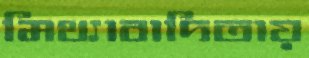
মিথ্যাবাদিতায়